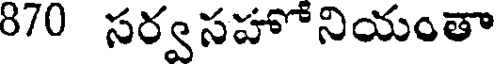
8/0 సర్వసహోనియంతా